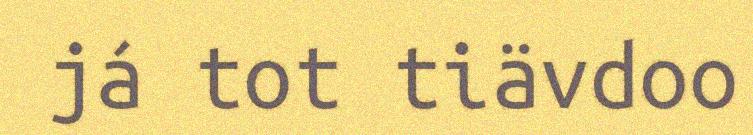
já tot tiävdoo